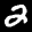
Label: 2